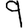
Digit: 9